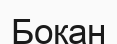
Боқан